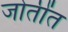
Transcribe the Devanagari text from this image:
जोतींत